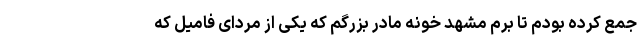
جمع کرده بودم تا برم مشهد خونه مادر بزرگم که یکی از مردای فامیل که